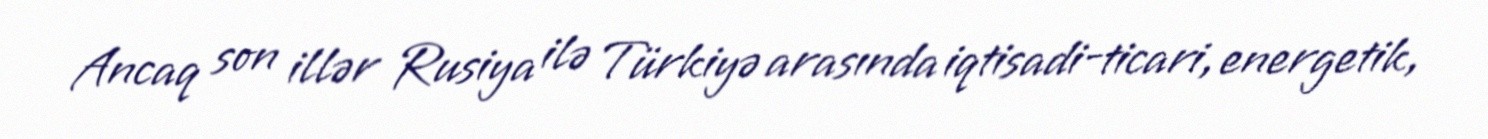
Ancaq son illər Rusiya ilə Türkiyə arasında iqtisadi-ticari, energetik,